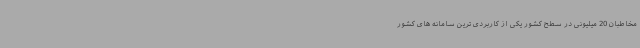
مخاطبان 20 میلیونی در سطح کشور یکی از کاربردی ترین سامانه های کشور